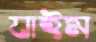
যাইম